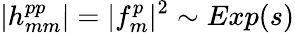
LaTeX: |h_{mm}^{pp}|=|f_{m}^{p}|^{2}\sim Exp(s)